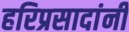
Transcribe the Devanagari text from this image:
हरिप्रसादांनी